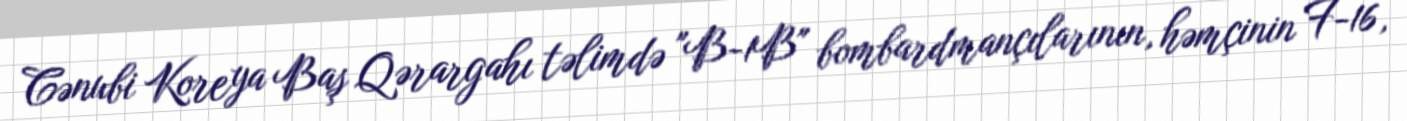
Cənubi Koreya Baş Qərargahı təlimdə "B-1B" bombardmançılarının, həmçinin F-16,